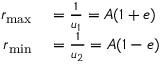
\begin{array} { r l } { r _ { \mathrm { m a x } } } & { { } = { \frac { 1 } { u _ { 1 } } } = A ( 1 + e ) } \\ { r _ { \mathrm { m i n } } } & { { } = { \frac { 1 } { u _ { 2 } } } = A ( 1 - e ) } \end{array}